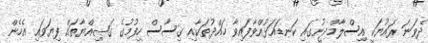
ދެވަނަ ރައުޔަކީ އިސްލާމްދީނުގައި ކަނޑައަޅުއްވާފައިވާ ހައްދުތަކާއި ގިސާސް ހިފުމުގެ ގަޞިއްޔާތައް ފިޔަވައި އެހެން